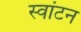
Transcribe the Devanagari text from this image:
स्वांटन